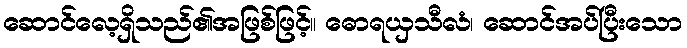
ဆောင်လေ့ရှိသည်၏အဖြစ်ဖြင့်။ ဓောရယှသီလံ၊ ဆောင်အပ်ပြီးသော